Vaccination in Bombay 1869-1873 - 1869-1873
Year: 1869
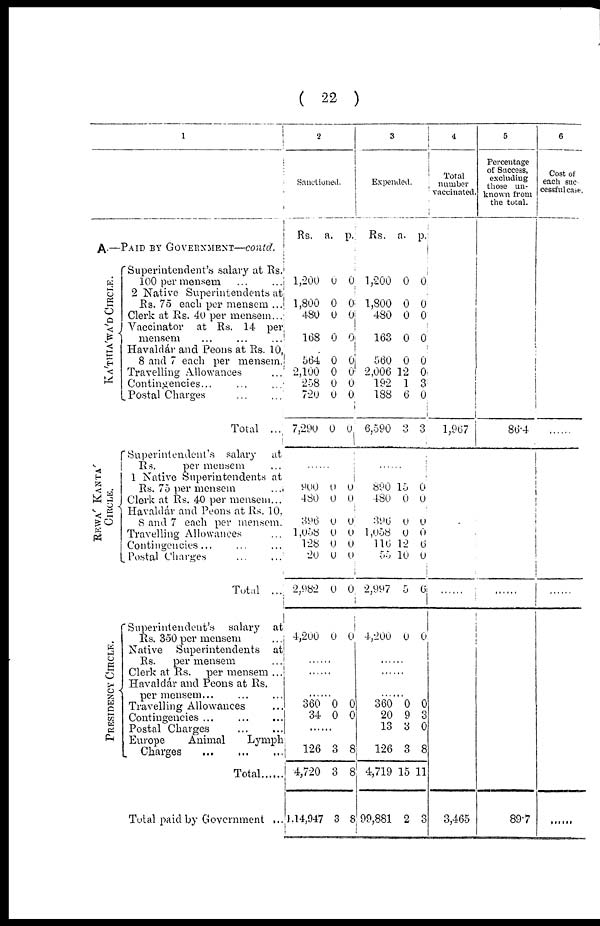
( 22 )
1
A.—PAID BY GOVERNMENT—contd.
KA'THIA'WA'D CIRCLE.
REWA' KANTA'
CIRCLE.
PRESIDENCY CIRCLE.
Superintendent's salary at Rs.
100 per mensem
...
...
2 Native Superintendents at
Rs. 75 each per mensem ...
Clerk at Rs. 40 per mensem...
Vaccinator at Rs. 14 per,
mensem
...
...
...
Havaldár and Peons at Rs. 10,
8 and 7 each per mensem.
Travelling Allowances ...
Contingencies...
Postal Charges
...
...
Total ....
Superintendent's salary
at
Rs.
per mensem ...
1 Native Superintendents at
Rs. 75 per mensem
...
Clerk at Rs. 40 per mensem...
Havaldár and Peons at Rs. 10,
8 and 7 each per mensem.
Travelling Allowances ...
Contingencies... ... ...
Postal Charges ... ...
Total ....
Superintendent's
salary at
Rs. 350 per mensem
...
Native Superintendents
at
Rs.
per mensem ...
Clerk at Rs. per mensem ...
Havaldár and Peons at Rs.
per mensem... ... ...
Travelling Allowances ...
Contingencies ...
...
...
Postal Charges
...
...
Europe
Animal
Lymph
Charges
...
...
...
Total ......
Total paid by Government ...
2
Sanctioned.
Rs. a. p.
1,200
1,800
480
168
564
2,100
258
720
7,290
0
0
0
0
0
0
0
0
0
0
0
0
0
0
0
0
0
0
......
900
480
396
1 ,058
128
20
2,982
4,200
0
0
0
0
0
0
0
0
0
0
0
0
0
0
0
0
......
......
......
360
34
0
0
0
0
......
126
4,720
1,14,947
3
3
3
8
8
8
3
Expended.
Rs. a. p.
1,200
1,800
480
163
560
2,006
192
188
6,590
0
0
0
0
0
12
1
6
3
0
0
0
0
0
0
3
0
3
......
890
480
396
1 ,058
116
55
2,997
4,200
15
0
0
0
12
10
5
0
0
0
0
0
6
0
6
0
......
......
360
20
13
126
4,719
99,881
0
9
3
3
15
2
0
3
0
8
11
3
4
Total
number
vaccinated.
1,967
3,465
5
Percentage
of Success,
excluding
those un-
known from
the total.
86.4
89.7
6
Cost of
each suc¬
cessful case.
......